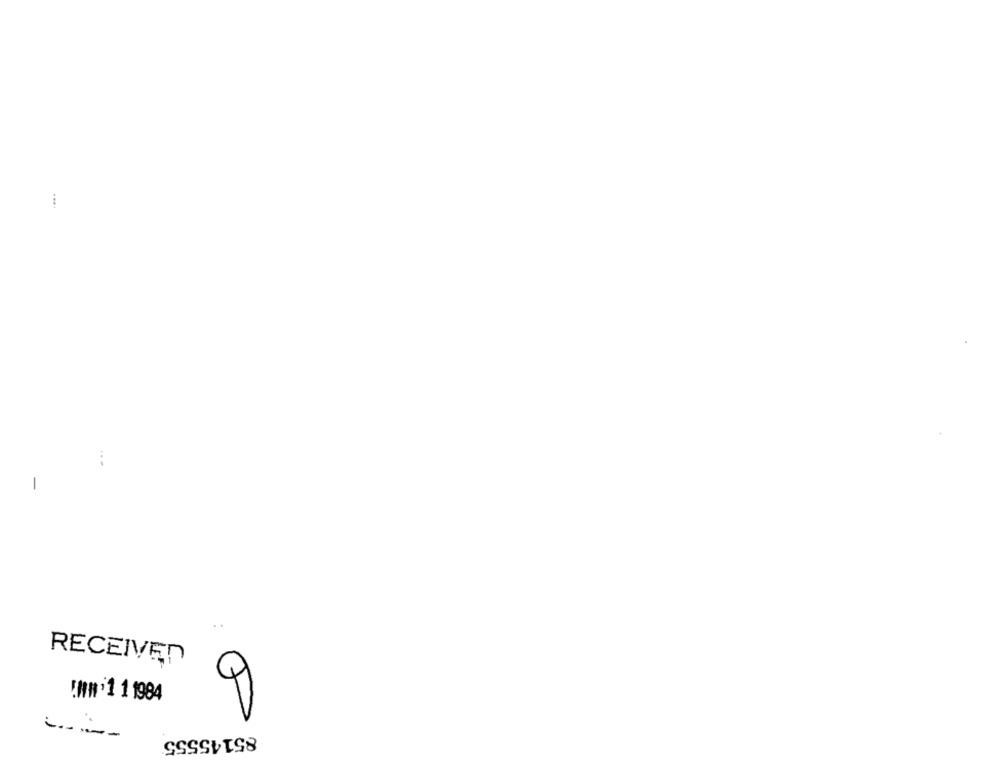
....
RECEIVED
Q
!MA '1 1 1984
85145555